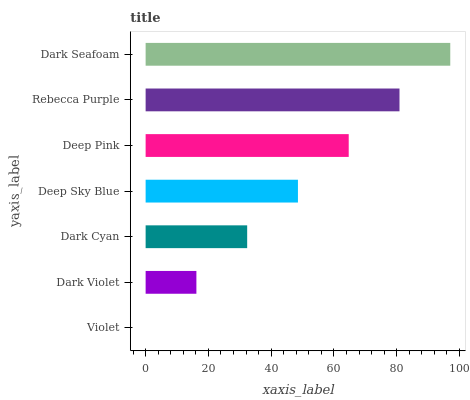
| yaxis_label | bars |
 | --- | --- |
 | Violet | 0 |
 | Dark Violet | 16.2 |
 | Dark Cyan | 32.4 |
 | Deep Sky Blue | 48.5 |
 | Deep Pink | 64.7 |
 | Rebecca Purple | 80.9 |
 | Dark Seafoam | 97.1 |